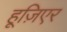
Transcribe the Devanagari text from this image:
हूज़िएर